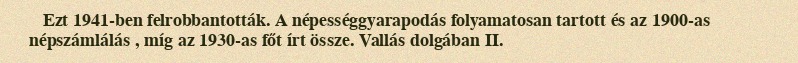
Ezt 1941-ben felrobbantották. A népességgyarapodás folyamatosan tartott és az 1900-as népszámlálás , míg az 1930-as főt írt össze. Vallás dolgában II.